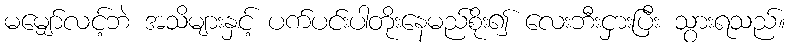
မမျှော်လင့်ဘဲ အသိများနှင့် ပက်ပင်းပါတိုးနေမည်စိုး၍ လေးဘီးငှားပြီး သွားရသည်။